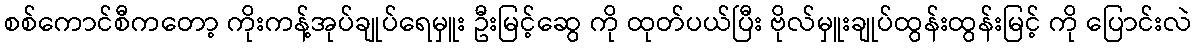
စစ်ကောင်စီကတော့ ကိုးကန့်အုပ်ချုပ်ရေမှူး ဦးမြင့်ဆွေ ကို ထုတ်ပယ်ပြီး ဗိုလ်မှူးချုပ်ထွန်းထွန်းမြင့် ကို ပြောင်းလဲ